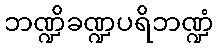
ဘဏ္ဍိခဏ္ဍပရိဘဏ္ဍံ